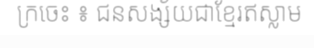
ក្រចេះ ៖ ជនសង្ស័យជាខ្មែរឥស្លាម